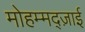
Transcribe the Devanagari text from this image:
मोहम्मद्ज़ाई